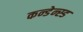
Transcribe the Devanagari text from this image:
कन्डेन्स्ड